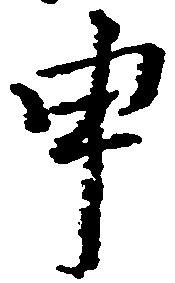
申